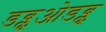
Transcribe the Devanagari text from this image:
डब्लूओडब्लू